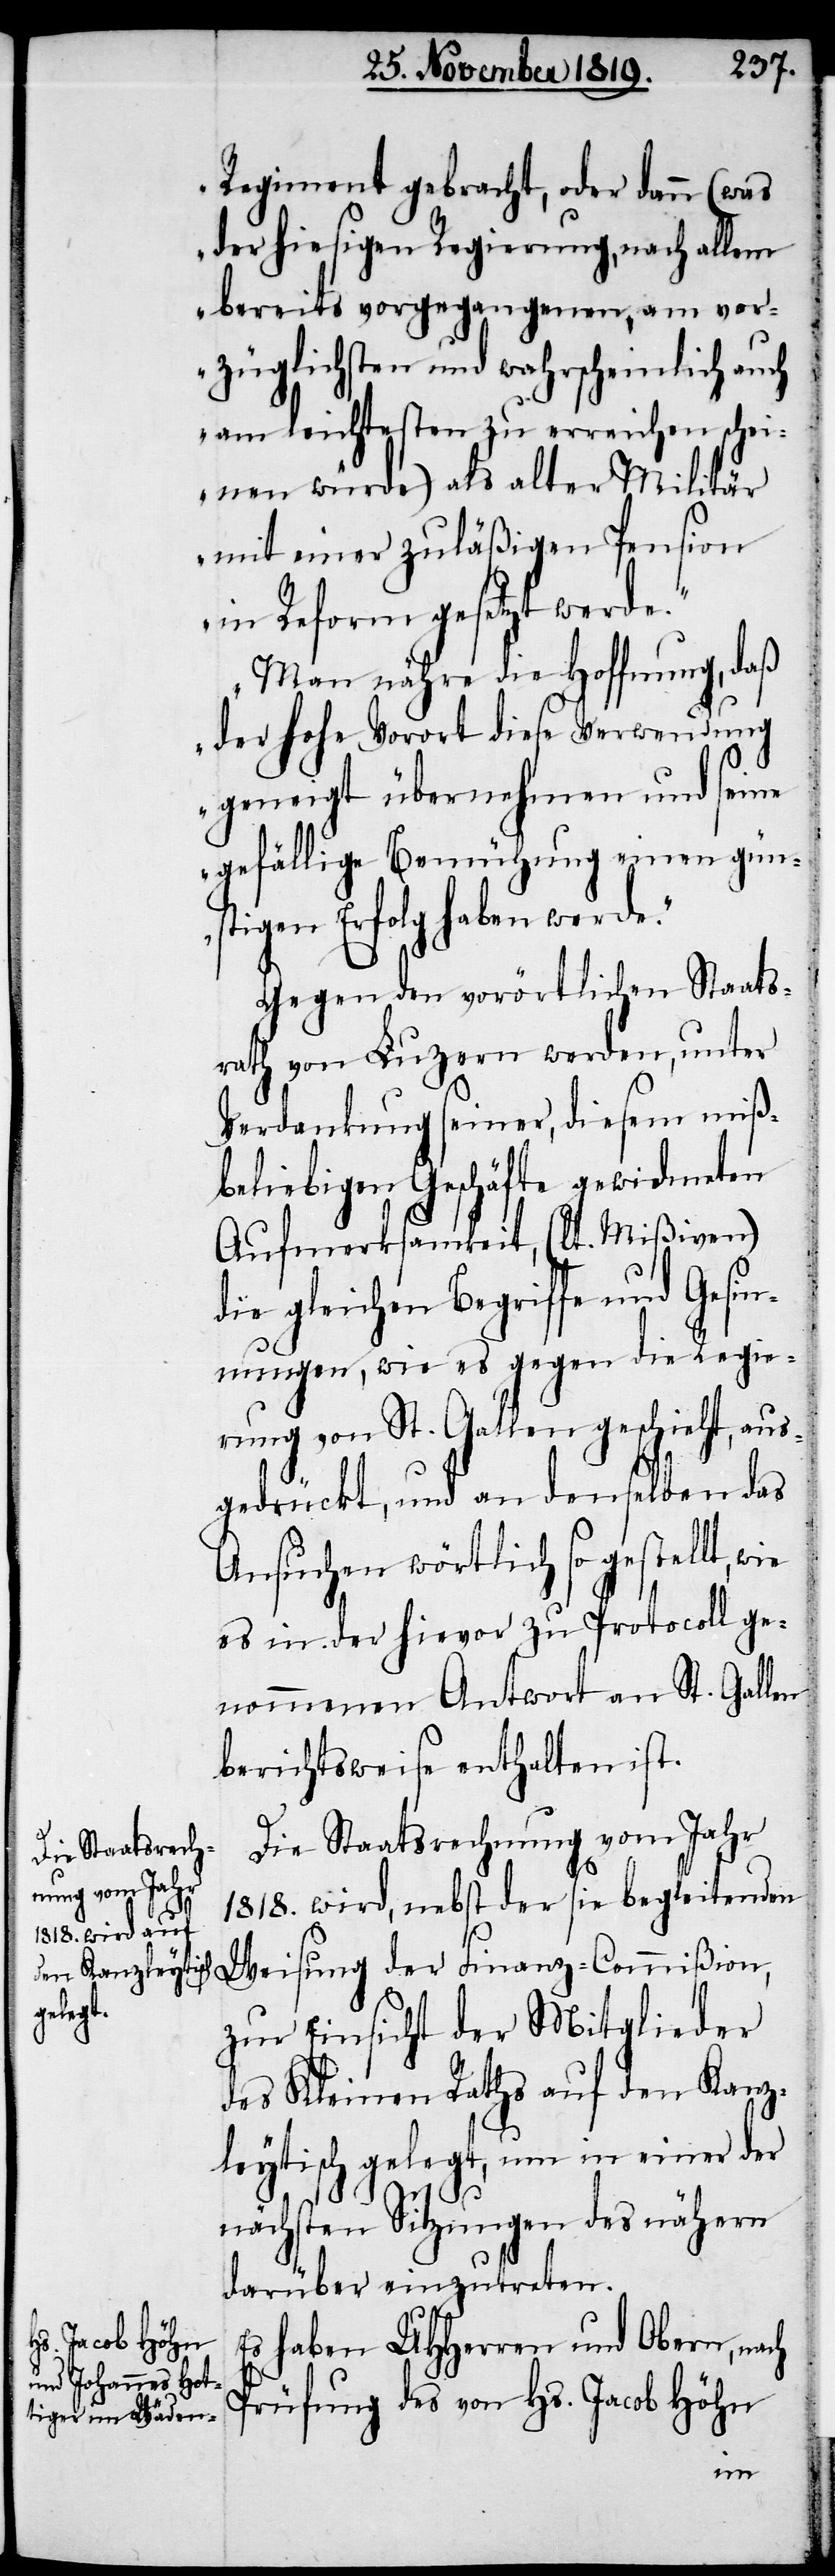
Regiment gebracht, oder dann (was
der hiesigen Regierung, nach allem
bereits vorgegangenen, am vor¬
züglichsten und wahrscheinlich auch
am leichtesten zu erreichen schei¬
nen würde) als alter Militär
mit einer zuläßigen Pension
in Reform gesetzt werde.
Man nähre die Hoffnung, daß
der hohe Vorort diese Verwendung
geneigt übernehmen und seine
gefällige Bemühung einen gün¬
stigen Erfolg haben werde.“
Gegen den vorörtlichen Staats¬
rath von Luzern werden, unter
Verdankung seiner, diesem miß¬
beliebigen Geschäfte gewidmeten
Aufmerksamkeit, (lt. Mißiven)
die gleichen Begriffe und Gesin¬
nungen, wie es gegen die Regie¬
rung von St. Gallen geschieht, aus¬
gedrückt, und an denselben das
Ansuchen wörtlich so gestellt, wie
es in der hievor zu Protocoll ge¬
nommenen Antwort an St. Gallen
berichtsweise enthalten ist.
Die Staatsrechnung vom Jahr
1818. wird, nebst der sie begleitenden
Weisung der Finanz-Commißion,
zur Einsicht der Mitglieder
des Kleinen Raths auf den Kanz¬
leytisch gelegt, um in einer der
nächsten Sitzungen des nähern
darüber einzutreten.
Es haben UHHerren und Obern, nach
Prüfung des von Hs. Jacob Höhn